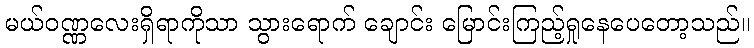
မယ်ဝဏ္ဏလေးရှိရာကိုသာ သွားရောက် ချောင်း မြောင်းကြည့်ရှုနေပေတော့သည်။